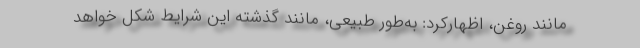
مانند روغن، اظهارکرد: به‌طور طبیعی، مانند گذشته این شرایط شکل خواهد